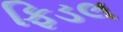
ફિડલ